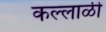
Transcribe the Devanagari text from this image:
कल्लाळी